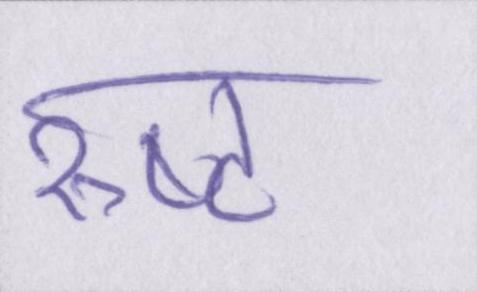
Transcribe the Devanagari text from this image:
रुष्ट